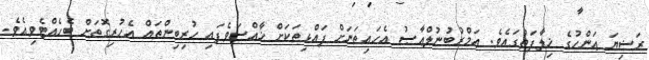
ރަޟިޔަ ޢަންހުގެ ޚިލާފަތުގައެވެ. ޢަމްރުބުނުލްޢާޞު އެހައިތަނަށް ފައްޅިތަކަށް ޚާއްސަވެފައި ހުރިބިންތައް އެހުރިގޮތަށް ބެހެއްޓެވިއެވެ.